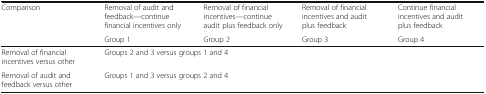
<table><thead><tr><td><b>Comparison</b></td><td><b>Removal of audit and feedback—continue financial incentives only</b></td><td><b>Removal of financial incentives—continue audit plus feedback only</b></td><td><b>Removal of financial incentives and audit plus feedback</b></td><td><b>Continue financial incentives and audit plus feedback</b></td></tr><tr><td></td><td><b>Group 1</b></td><td><b>Group 2</b></td><td><b>Group 3</b></td><td><b>Group 4</b></td></tr></thead><tbody><tr><td>Removal of financial incentives versus other</td><td colspan="4">Groups 2 and 3 versus groups 1 and 4</td></tr><tr><td>Removal of audit and feedback versus other</td><td colspan="4">Groups 1 and 3 versus groups 2 and 4</td></tr></tbody></table>